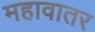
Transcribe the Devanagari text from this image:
महावातर